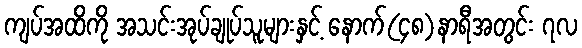
ကျပ်အထိကို အသင်းအုပ်ချုပ်သူများနှင့် နောက်(၄၈)နာရီအတွင်း ၇လ